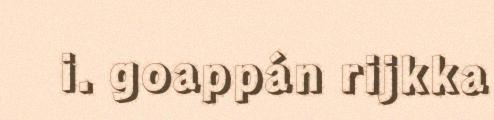
i. goappán rijkka